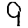
Digit: 9